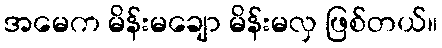
အမေက မိန်းမချော မိန်းမလှ ဖြစ်တယ်။